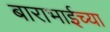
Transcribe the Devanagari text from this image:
बाराभाईच्या